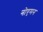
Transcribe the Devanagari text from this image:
नोएमन